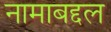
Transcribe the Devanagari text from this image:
नामाबद्दल